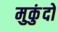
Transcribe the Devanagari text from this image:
मुकुंदो